Vaccine operations Central Provinces & Berar 1912-1920 - 1912-1920
Year: 1912
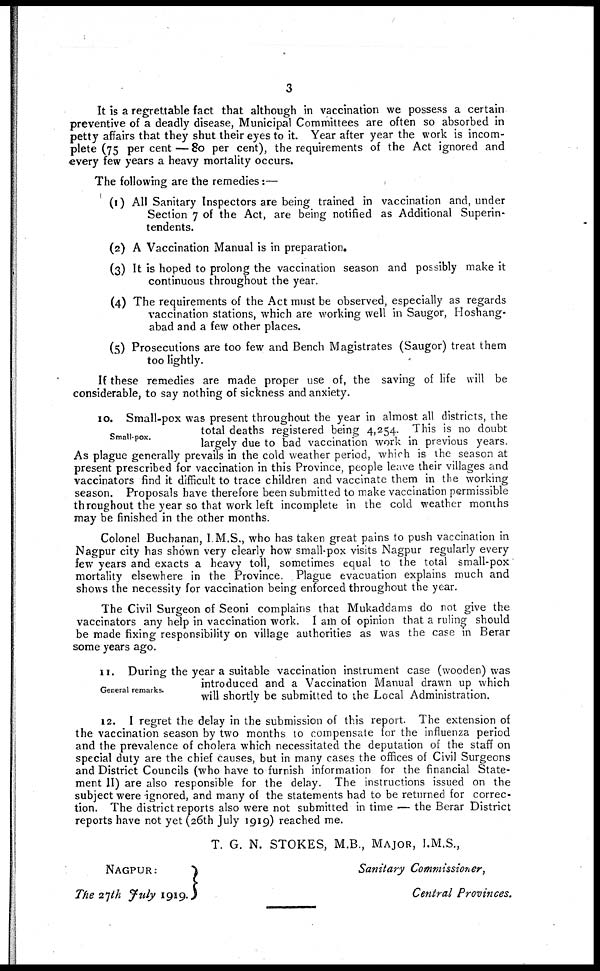
3
It is a regrettable fact that although in vaccination we possess a certain
preventive of a deadly disease, Municipal Committees are often so absorbed in
petty affairs that they shut their eyes to it. Year after year the work is incom-
plete (75 per cent—80 per cent), the requirements of the Act ignored and
every few years a heavy mortality occurs.
The following are the remedies:—
(1) All Sanitary Inspectors are being trained in vaccination and, under
Section 7 of the Act, are being notified as Additional Superin-
tendents.
(2) A Vaccination Manual is in preparation.
(3) It is hoped to prolong the vaccination season and possibly make it
continuous throughout the year.
(4) The requirements of the Act must be observed, especially as regards
vaccination stations, which are working well in Saugor, Hoshang-
abad and a few other places.
(5) Prosecutions are too few and Bench Magistrates (Saugor) treat them
too lightly.
If these remedies are made proper use of, the saving of life will be
considerable, to say nothing of sickness and anxiety.
Small-pox.
10. Small-pox was present throughout the year in almost all districts, the
total deaths registered being 4,254. This is no doubt
largely due to bad vaccination work in previous years.
As plague generally prevails in the cold weather period, which is the season at
present prescribed for vaccination in this Province, people leave their villages and
vaccinators find it difficult to trace children and vaccinate them in the working
season. Proposals have therefore been submitted to make vaccination permissible
throughout the year so that work left incomplete in the cold weather months
may be finished in the other months.
Colonel Buchanan, I M.S., who has taken great pains to push vaccination in
Nagpur city has shown very clearly how small-pox visits Nagpur regularly every
few years and exacts a heavy toll, sometimes equal to the total small-pox
mortality elsewhere in the Province. Plague evacuation explains much and
shows the necessity for vaccination being enforced throughout the year.
The Civil Surgeon of Seoni complains that Mukaddams do not give the
vaccinators any help in vaccination work. I am of opinion that a ruling should
be made fixing responsibility on village authorities as was the case in Berar
some years ago.
General remarks.
11. During the year a suitable vaccination instrument case (wooden) was
introduced and a Vaccination Manual drawn up which
will shortly be submitted to the Local Administration.
12. I regret the delay in the submission of this report. The extension of
the vaccination season by two months to compensate for the influenza period
and the prevalence of cholera which necessitated the deputation of the staff on
special duty are the chief causes, but in many cases the offices of Civil Surgeons
and District Councils (who have to furnish information for the financial State-
ment II) are also responsible for the delay. The instructions issued on the
subject were ignored, and many of the statements had to be returned for correc-
tion. The district reports also were not submitted in time — the Berar District
reports have not yet (26th July 1919) reached me.
T. G. N. STOKES, M.B., MAJOR, I.M.S.,
Sanitary Commissioner,
Central Provinces.
NAGPUR:
The 27th July 1919.